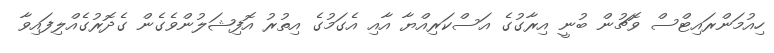
ހިއުމަންރައިޓްސް ވޮޗުން ބުނީ އިރާގުގެ އަސްކަރިއްޔާ އާއި އެގަމުގެ އިތުރު އޮފިޝަލުންވެގެން ގެދޮރުގެއްލިފައިވާ